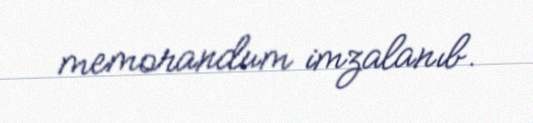
memorandum imzalanıb.